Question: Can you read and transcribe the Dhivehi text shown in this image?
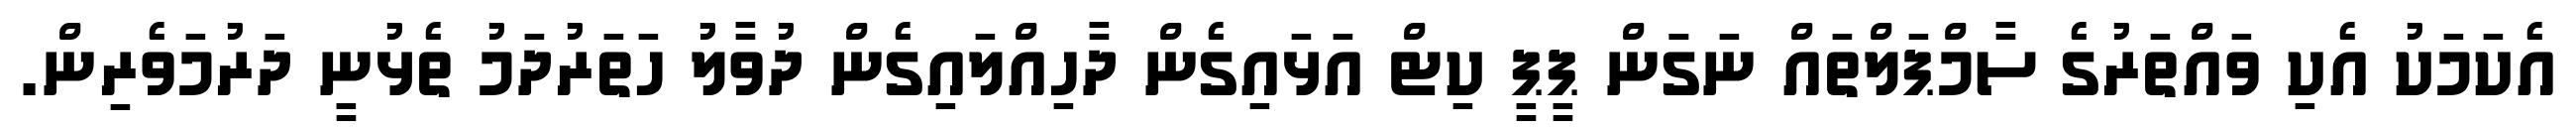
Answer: އެކަމަކު އެކި ވައްތަރުގެ ސާމްޕަލްތައް ނަގަަން ޕީޕީ ކިޓް އަޅައިގެން ދާހިއްލައިގެން ދުވާލު ހަތަރުދަމު ތެޅުނީ ދަރުމަވެރިން.